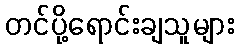
တင်ပို့ရောင်းချသူများ